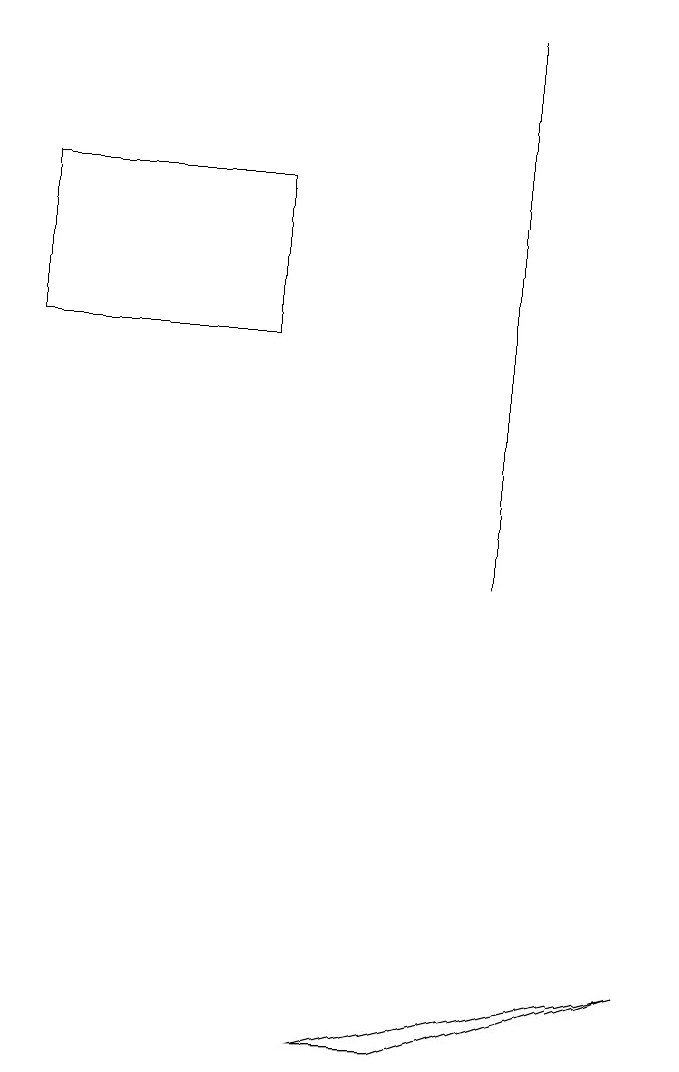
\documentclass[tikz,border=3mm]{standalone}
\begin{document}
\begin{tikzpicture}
\draw (3,13) rectangle (0,15);
\draw (4,4) -- (8,5) -- (5,4) -- cycle;
\draw (6,17) rectangle (6,10);
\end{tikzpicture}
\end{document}